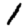
Digit: 1